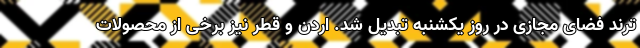
ترند فضای مجازی در روز یکشنبه تبدیل شد. اردن و قطر نیز برخی از محصولات